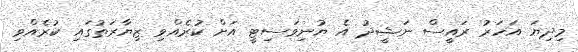
މިދިޔަ އަހަރު ރައީސް ނަޝީދު އެ ޔުނިވަސިޓީ އަށް ކުރެއްވި ޒިޔާރަތުގައި ކުރެއްވި